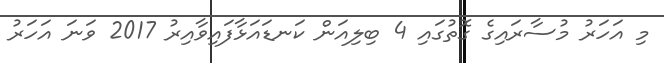
މި އަހަރު މުސާރައިގެ ގޮތުގައި 4 ބިލިއަން ކަނޑައަޅާފައިވާއިރު 2017 ވަނަ އަހަރު